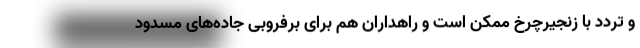
و تردد با زنجیرچرخ ممکن است و راهداران هم برای برفروبی جاده‌های مسدود